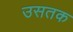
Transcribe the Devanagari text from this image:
उसतक